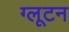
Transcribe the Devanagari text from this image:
ग्लूटन